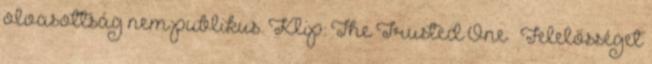
olvasottság nem publikus. Klip: The Trusted One – Felelősséget